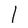
Character: I